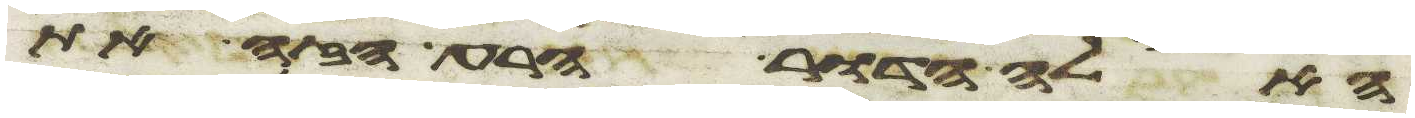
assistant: האלה הדור הרע הזה את